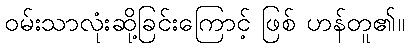
ဝမ်းသာလုံးဆို့ခြင်းကြောင့် ဖြစ် ဟန်တူ၏။